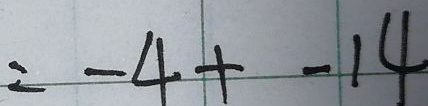
= - 4 + - 1 4